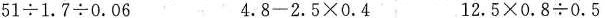
$$5 1 \div 1 . 7 \div 0 . 0 6$$ $$4 . 8 - 2 . 5 \times 0 . 4$$ $$1 2 . 5 \times 0 . 8 \div 0 . 5$$